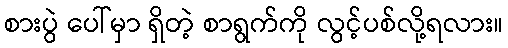
စားပွဲ ပေါ်မှာ ရှိတဲ့ စာရွက်ကို လွင့်ပစ်လို့ရလား။